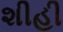
શીહી